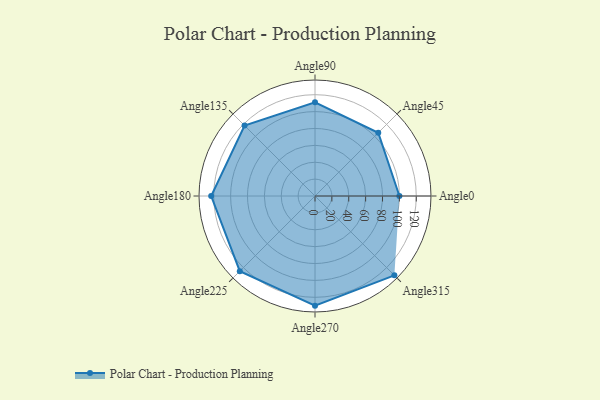
{"axis": {"x": "Angle", "y": "Radius"}, "legend": [""], "data": [{"x": "Angle0", "y": 100.0, "type": ""}, {"x": "Angle45", "y": 106.0, "type": ""}, {"x": "Angle90", "y": 111.0, "type": ""}, {"x": "Angle135", "y": 118.0, "type": ""}, {"x": "Angle180", "y": 123.0, "type": ""}, {"x": "Angle225", "y": 126.0, "type": ""}, {"x": "Angle270", "y": 130.0, "type": ""}, {"x": "Angle315", "y": 133.0, "type": ""}]}